Plague in India, 1896, 1897 - Volume 2
Year: 1896
Disease focus: Plague
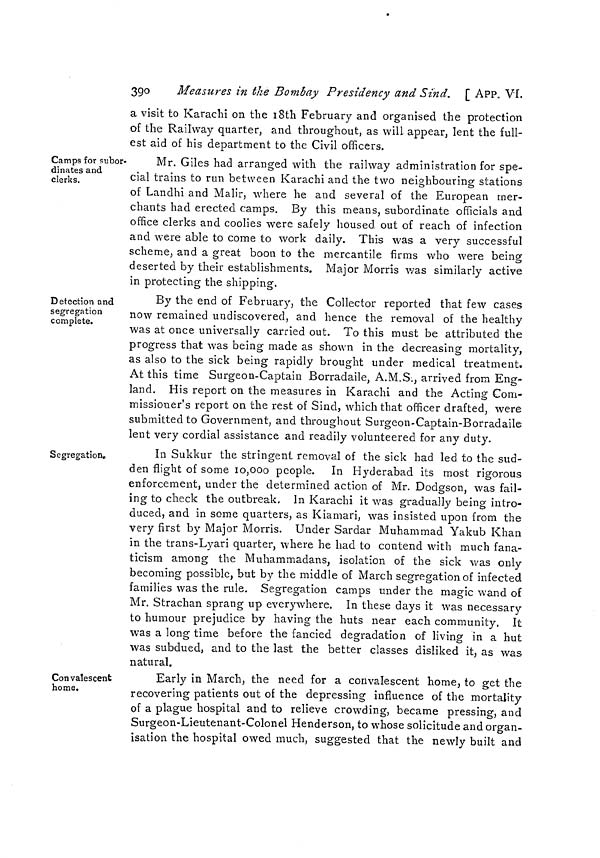
390
Measures in the Bombay Presidency and Sind. [ APP. VI.
a visit to Karachi on the 18th February and organised the protection
of the Railway quarter, and throughout, as will appear, lent the full-
est aid of his department to the Civil officers.
Camps for subor-
dinates and
clerks.
Mr. Giles had arranged with the railway administration for spe-
cial trains to run between Karachi and the two neighbouring stations
of Landhi and Malir, where he and several of the European mer-
chants had erected camps. By this means, subordinate officials and
office clerks and coolies were safely housed out of reach of infection
and were able to come to work daily. This was a very successful
scheme, and a great boon to the mercantile firms who were being
deserted by their establishments. Major Morris was similarly active
in protecting the shipping.
Detection and
segregation
complete.
By the end of February, the Collector reported that few cases
now remained undiscovered, and hence the removal of the healthy
was at once universally carried out. To this must be attributed the
progress that was being made as shown in the decreasing mortality,
as also to the sick being rapidly brought under medical treatment.
At this time Surgeon-Captain Borradaile, A.M.S., arrived from Eng-
land. His report on the measures in Karachi and the Acting Com-
missioner's report on the rest of Sind, which that officer drafted, were
submitted to Government, and throughout Surgeon-Captain-Borradaile
lent very cordial assistance and readily volunteered for any duty.
Segregation.
In Sukkur the stringent removal of the sick had led to the sud-
den flight of some 10,000 people. In Hyderabad its most rigorous
enforcement, under the determined action of Mr. Dodgson, was fail-
ing to check the outbreak. In Karachi it was gradually being intro-
duced, and in some quarters, as Kiamari, was insisted upon from the
very first by Major Morris. Under Sardar Muhammad Yakub Khan
in the trans-Lyari quarter, where he had to contend with much fana-
ticism among the Muhammadans, isolation of the sick was only
becoming possible, but by the middle of March segregation of infected
families was the rule. Segregation camps under the magic wand of
Mr. Strachan sprang up everywhere. In these days it was necessary
to humour prejudice by having the huts near each community. It
was a long time before the fancied degradation of living in a hut
was subdued, and to the last the better classes disliked it, as was
natural.
Convalescent
home.
Early in March, the need for a convalescent home, to get the
recovering patients out of the depressing influence of the mortality
of a plague hospital and to relieve crowding, became pressing, and
Surgeon-Lieutenant-Colonel Henderson, to whose solicitude and organ-
isation the hospital owed much, suggested that the newly built and